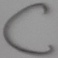
Text: C